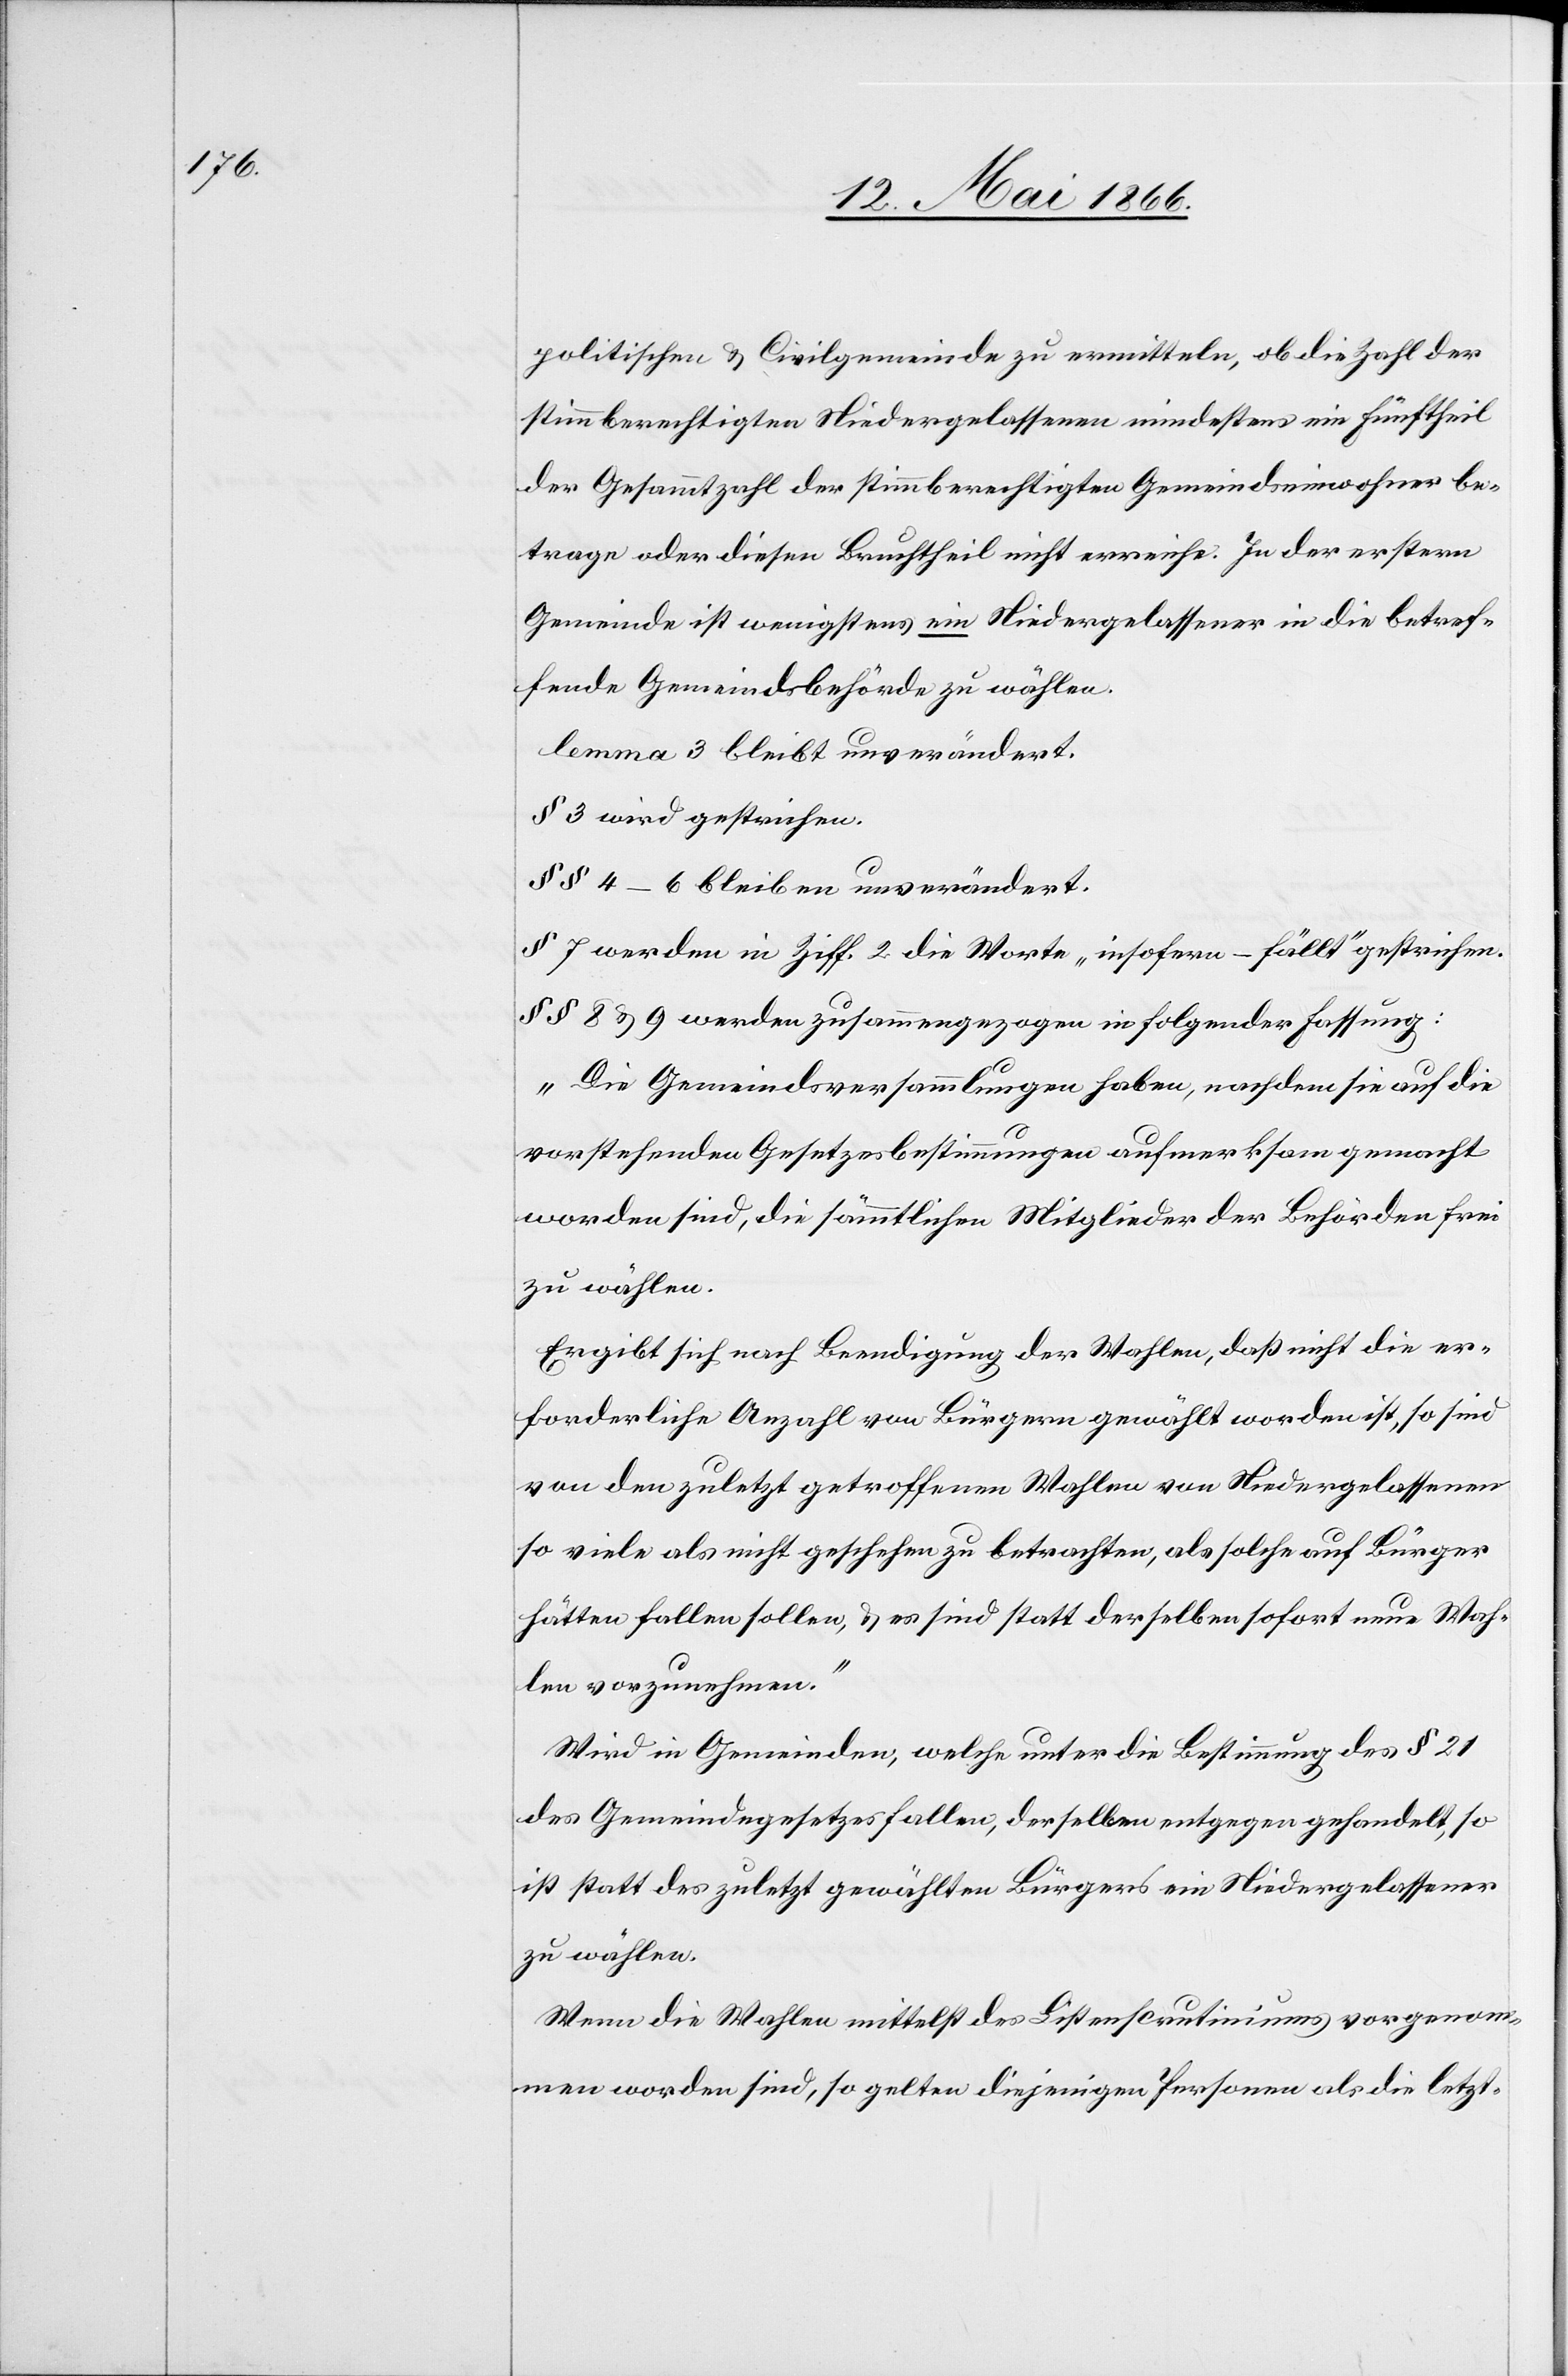
politischen u. Civilgemeinde zu ermitteln, ob die Zahl der
stimmberechtigten Niedergelassenen mindestens ein Fünftheil
der Gesammtzahl der stimmberechtigten Gemeindeinwohner be¬
trage oder diesen Bruchtheil nicht erreiche. In der erstern
Gemeinde ist wenigstens ein Niedergelassener in die betref¬
fende Gemeindsbehörde zu wählen.[“]
lemma 3 bleibt unverändert.
§ 3 wird gestrichen.
§ § 4–6 bleiben unverändert.
§ 7 werden in Ziff. 2 die Worte „insofern – fällt“ gestrichen.
§ § 8 u. 9 werden zusammengezogen in folgender Fassung:
„Die Gemeindsversammlungen haben, nachdem sie auf die
vorstehenden Gesetzesbestimmungen aufmerksam gemacht
worden sind, die sämmtlichen Mitglieder der Behörde frei
zu wählen.
Ergibt sich nach Beendigung der Wahlen, daß nicht die er¬
forderliche Anzahl von Bürgern gewählt worden ist, so sind
von den zuletzt getroffenen Wahlen von Niedergelassenen
so viele als nicht geschehen zu betrachten, als solche auf Bürger
hätten fallen sollen, u. es sind statt derselben sofort neue Wah¬
len vorzunehmen.
Wird in Gemeinden, welche unter die Bestimmung des § 21
des Gemeindegesetzes fallen, derselben entgegen gehandelt, so
ist statt des zuletzt gewählten Bürgers ein Niedergelassener
zu wählen.
Wenn die Wahlen mittelst des Listenscrutiniums vorgenom¬
men worden sind, so gelten diejenigen Personen als die letzt-